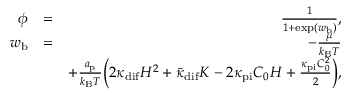
\begin{array} { r l r } { \phi } & { = } & { \frac { 1 } { 1 + \exp ( w _ { \mathrm { b } } ) } , } \\ { w _ { \mathrm { b } } } & { = } & { - \frac { \mu } { k _ { \mathrm { B } } T } } \\ & { } & { + \frac { a _ { \mathrm { p } } } { k _ { \mathrm { B } } T } \Big ( 2 \kappa _ { \mathrm { d i f } } H ^ { 2 } + \bar { \kappa } _ { \mathrm { d i f } } K - 2 \kappa _ { \mathrm { p i } } C _ { 0 } H + \frac { \kappa _ { \mathrm { p i } } C _ { 0 } ^ { 2 } } { 2 } \Big ) , } \end{array}